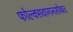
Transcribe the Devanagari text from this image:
फोल्क्सवागनसोबत